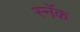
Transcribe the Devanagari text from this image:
स्नॅक